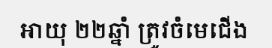
អាយុ ២២ឆ្នាំ ត្រូវចំមេជើង